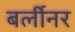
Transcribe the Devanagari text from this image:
बर्लीनर